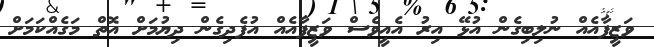
ވަޒީފާއެއް ނުލިބިގެން އުޅޭ އިރު އެއީވެސް ވަޒީފާއެއް އުފެދިގެން ދިޔުމަށް އޮތް މަގެއްކަމަށް